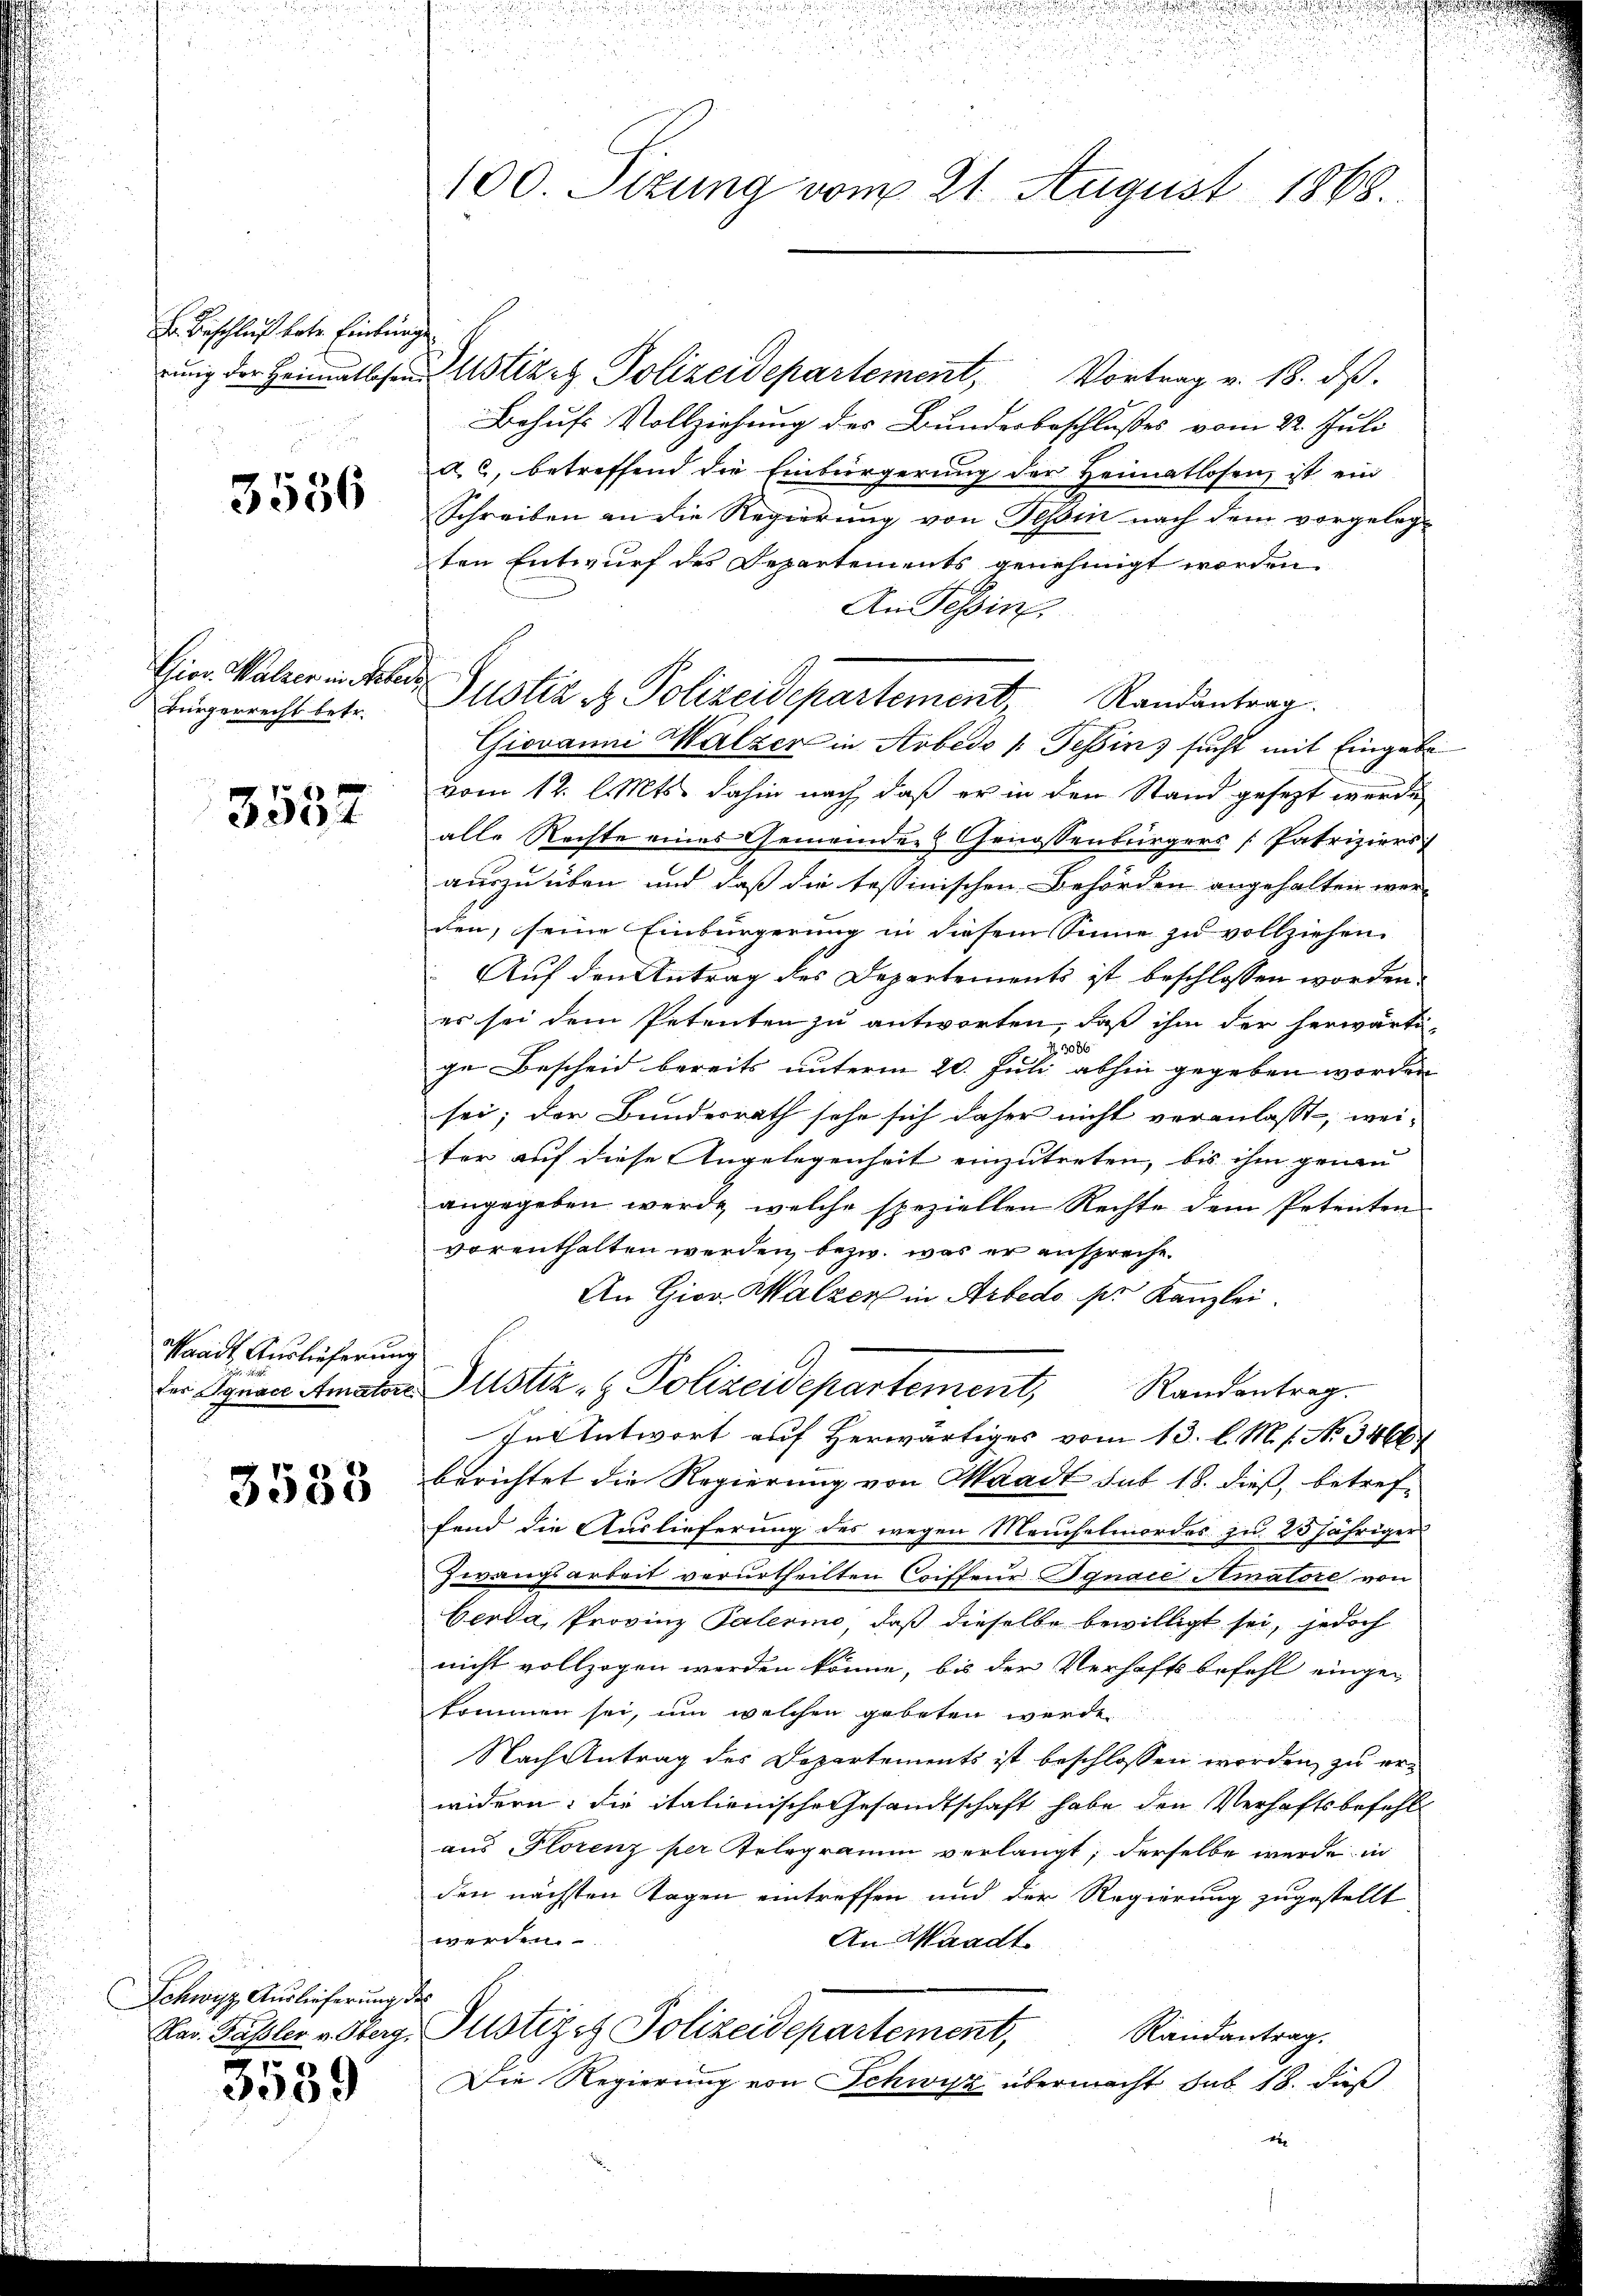
Hr. Beschluß bote Einkung

3556

Gior. Walzer in Aeber
Bürgerrecht betr.

3537

Waadt, Auslieferung

3538

Schwyz Auslieferung des

3539

100. Sitzung vom 21. August 1868.

c
Justiz & Polizeidepartement, Randantrag

ung der Heimatshaus Astiret Polizeidepartement, Vortrag v. 18. ds.
Behufs Vollziehung des Bundesbeschlusses vom 22. Juli
d. 6, betreffend die Einbürgerung der Heimatlosen, ist ein
Schreiben an die Regierung von Tessin nach dem vorgelegten Entwurf des Departements genehmigt worden.
An Tessine
Giovanni Walzer in Arbedo /: Tessin sucht mit Eingabe
vom 12. l. Mts. dahin nach, daß er in den Stand gesezt werde
alle Rechte eines Gemeinder Genossenbürgers [Patriziers
auszuüben und daß die testinischen Behörden angehalten wer-
den, seine Einbürgerung in diesem Sinne zu vollziehen.
Auf den Antrag des Departements ist beschlossen worden.
es sei dem Petenten zu antworten, daß ihm der herwärti-
Z 3086
ge Bescheid bereits unterm 20. Juli abhin gegeben worden
sei; der Bundesrath sehe sich daher nicht veranlasst, weiter auf diese Angelegenheit einzutreten, bis ihm genau
angegeben werde, welche speziellen Rechte dem Petenten
vorenthalten werden, bezw. was er anspreche
An Giov. Walzer in Arbedo pr. Kanzlei.
Ie Spuren Amator Justiz- & Polizeidepartement, Randentrag.
In Antwort auf Herwärtiges vom 13. l. M. s. No. 3466/
berichtet die Regierung von Waadt sub 18. dieß, betreffend die Auslieferung des wegen Meuchelmordes zu. 25 jähriger
Zwangsarbeit verurtheilten Coiffeur Ignace Amatore von
berda, Provinz Palerine, daß dieselbe bewilligt sei, jedoch
nicht vollzogen werden könne, bis der Verhaftsbefehl eingekommen sei, um welchen gebeten werde
Nach Antrag des Departements ist beschlossen worden zu erwidern: die italienische Gesandtschaft habe den Verhaftsbefehl
aus Plorenz per Telegramm verlangt; derselbe werde in
den nächsten Tagen eintreffen und der Regierung zugestellt
werden.
An Waadt
Nar. Fußler v. Oberg. Justizes Polizeidepartement,
Randantrag.
Die Regierung von Schwyz übermacht sub 18. dieß
4